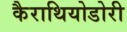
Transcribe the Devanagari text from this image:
कैराथियोडोरी